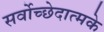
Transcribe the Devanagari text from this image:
सर्वोच्छेदात्मके